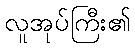
လူအုပ်ကြီး၏